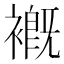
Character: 𧜳